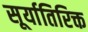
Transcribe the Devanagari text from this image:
सूर्यातिरिक्त